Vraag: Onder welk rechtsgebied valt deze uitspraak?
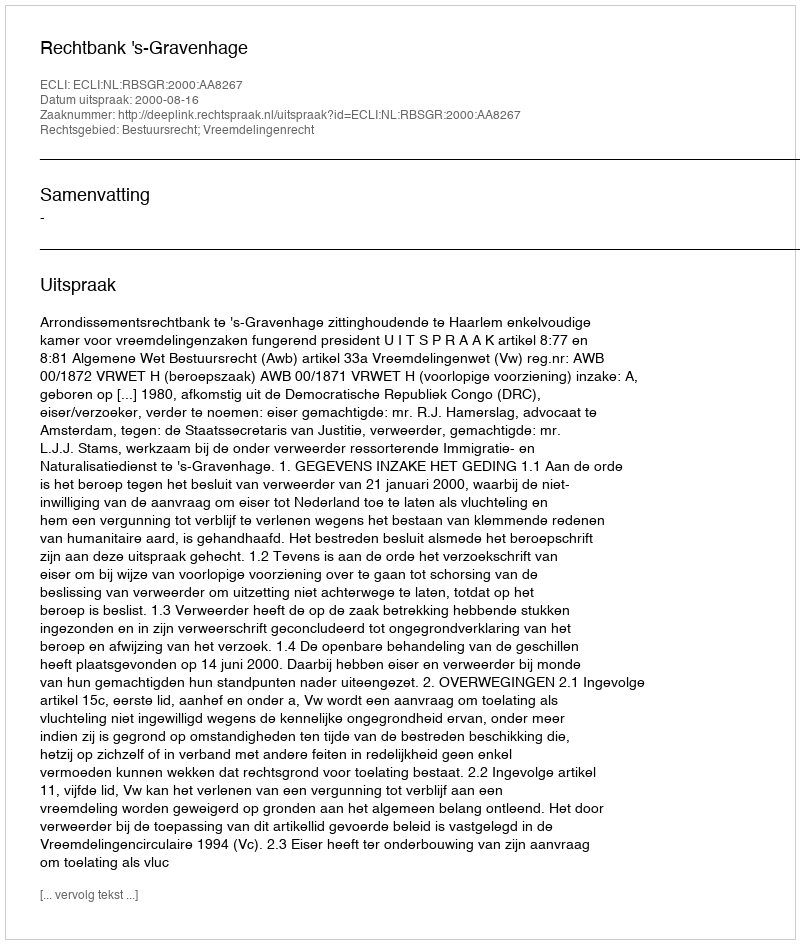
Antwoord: Bestuursrecht; Vreemdelingenrecht